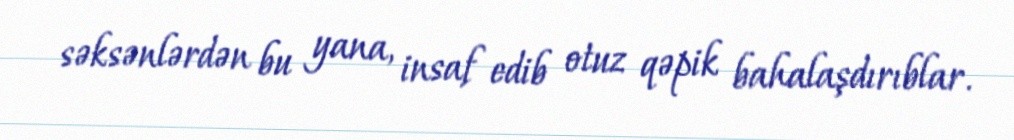
səksənlərdən bu yana, insaf edib otuz qəpik bahalaşdırıblar.